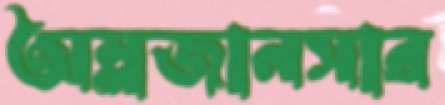
অম্লজানসার